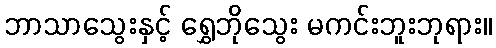
ဘာသာသွေးနှင့် ရွှေဘိုသွေး မကင်းဘူးဘုရား။